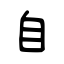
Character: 自